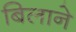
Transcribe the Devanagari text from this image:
बिलाने